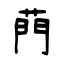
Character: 菛